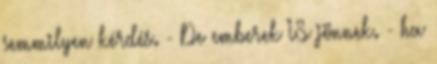
semmilyen kérdés. - De emberek IS jönnek. - ha